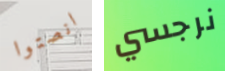
انصتوا نرجسي